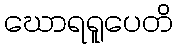
ဃောရရူပေတိ